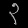
Digit: ၃